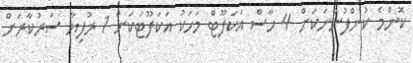
ކޮންމެ ކުންފުންނަކަށް 4 ހާސް އަކަފޫޓް މަހަކު އަކަފޫޓަކަށް 1 ރުފިޔާ ސަރުކާރަށް